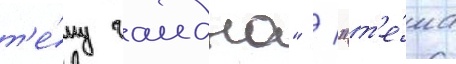
т'е́му гаидна" / "т'е́ма